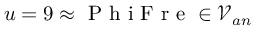
u = 9 \approx \mathrm { ~ P ~ h ~ i ~ F ~ r ~ e ~ } \in \mathcal { V } _ { a n }